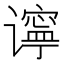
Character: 𫍾